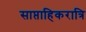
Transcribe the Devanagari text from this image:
साप्ताहिकरात्रि